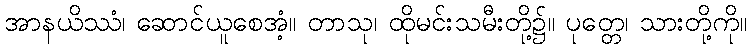
အာနယိဿံ၊ ဆောင်ယူစေအံ့။ တာသု၊ ထိုမင်းသမီးတို့၌။ ပုတ္တေ၊ သားတို့ကို။